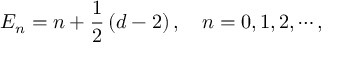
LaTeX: E _ { n } = n + \frac { 1 } { 2 } \left( d - 2 \right) , \quad n = 0 , 1 , 2 , \cdots ,